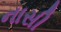
નાસી